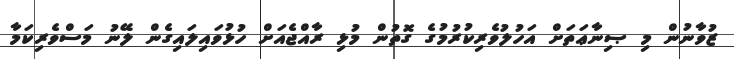
ޒުވާނުން މި ޞިނާޢަތަށް އަހުލުވެރިކުރުމުގެ ގޮތުން މުޅި ރާއްޖެއަށް ހުޅުވައިލައިގެން ލޭނު މަސްވެރިކަމާ